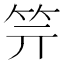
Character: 𥫶